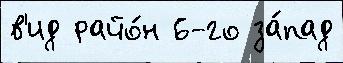
в'ид райо́н 6-го за́пад